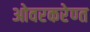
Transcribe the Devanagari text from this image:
ओवरकरेण्त